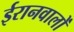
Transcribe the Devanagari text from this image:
ईरानवालों